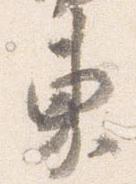
東